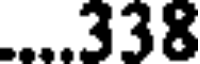
....338